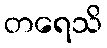
တရေသိ